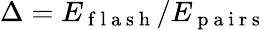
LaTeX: \Delta=E_{\mathrm{~f~l~a~s~h~}}/E_{\mathrm{~p~a~i~r~s~}}